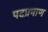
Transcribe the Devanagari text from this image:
पदप्रमाण